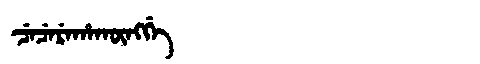
Manchu: ᠴᡝᠴᡝᡵᡝᡥᠠᡴᡡᠩᡤᡝ
Romanization: CECEREHAKŪNGGE